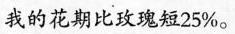
我的花期比玫瑰短25%。